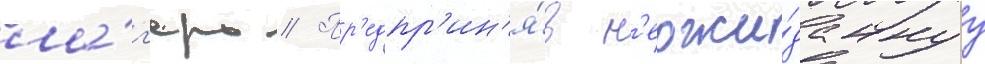
ла́г'ерь // Пр'едпр'ин'я́в н'еожи́даннуу